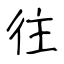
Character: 往